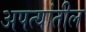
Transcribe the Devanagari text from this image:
अपत्यांतील